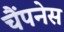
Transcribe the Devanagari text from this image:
चैंपनेस